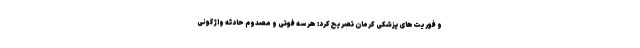
و فوریت‌های پزشکی کرمان تصریح کرد: هر سه فوتی و مصدوم حادثه واژگونی